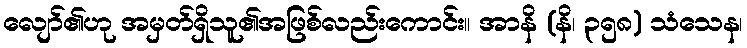
လျော်၏ဟု အမှတ်ရှိသူ၏အဖြစ်လည်းကောင်း။ အာနိ (နိ၊ ၃၅၈) သံသေန၊